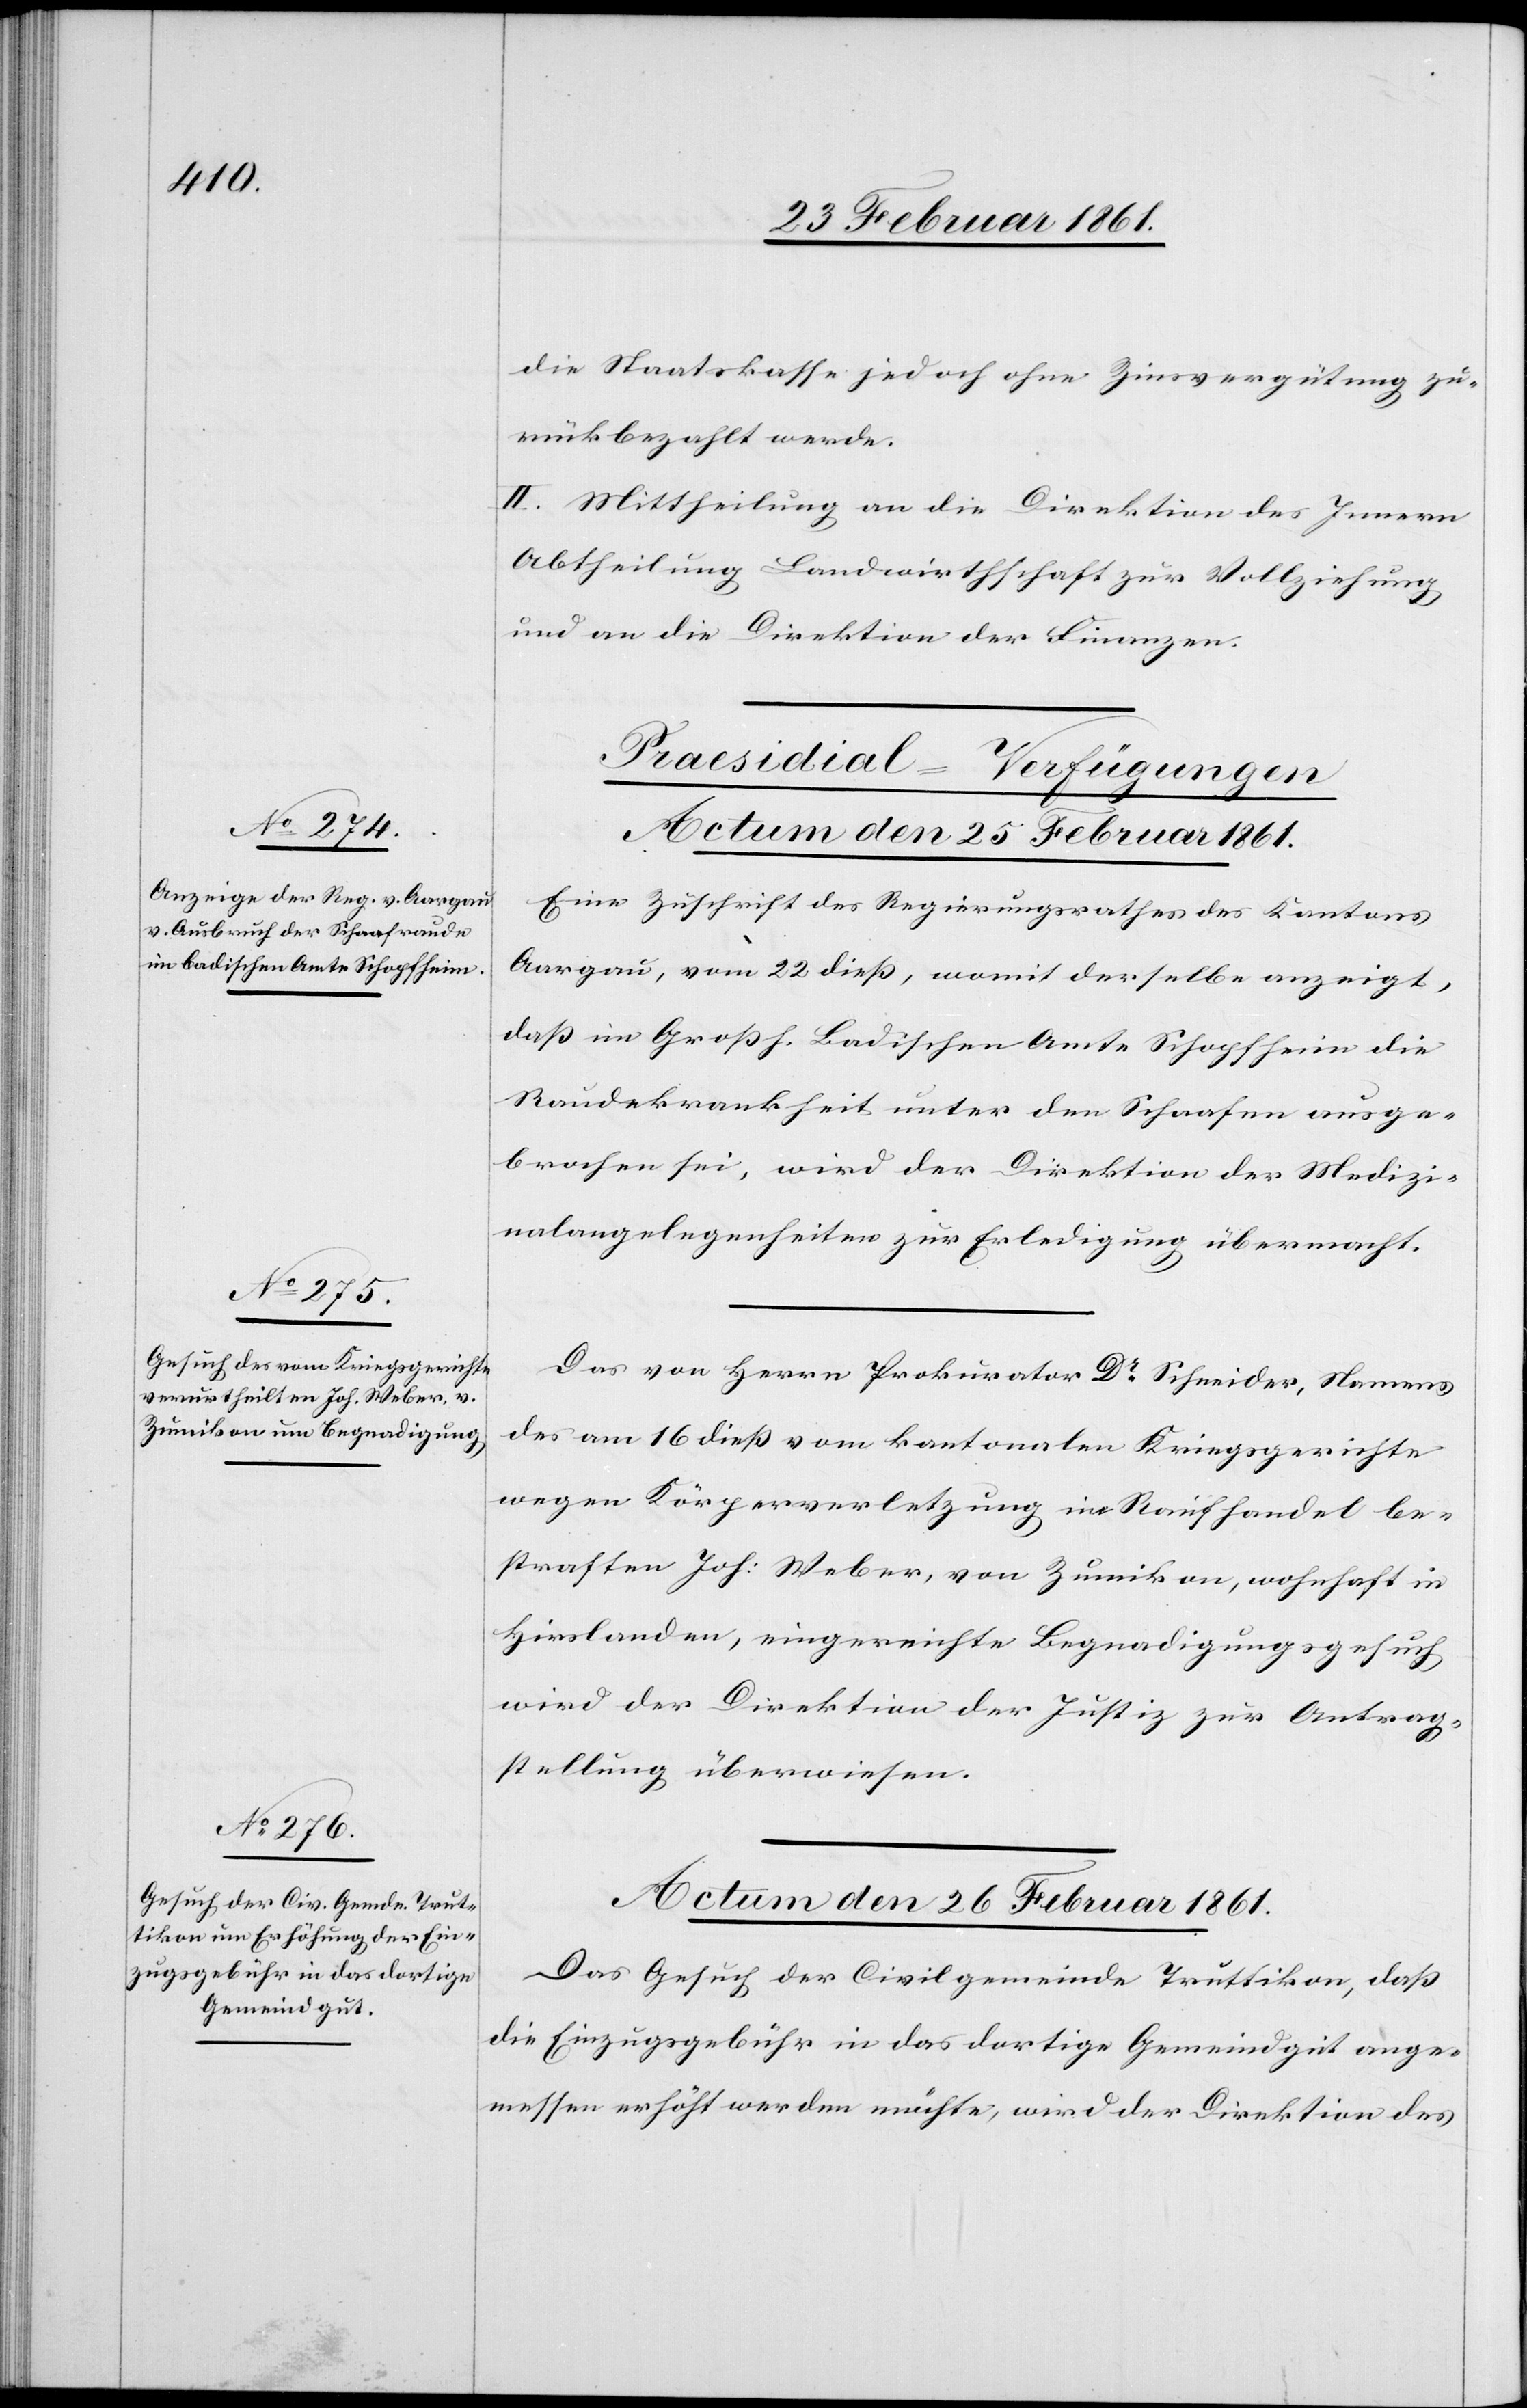
die Staatskasse jedoch ohne Zinsvergütung zu¬
rückbezahlt werden.
II. Mittheilung an die Direktion des Innern
Abtheilung Landwirthschaft zur Vollziehung
und an die Direktion der Finanzen.
[Präsidial-Verfügungen.]
Actum den 25. Februar 1861.]
Eine Zuschrift des Regierungsrathes des Kantons
Aargau, vom 22. diess, womit derselbe anzeigt,
dass im Grossh. Badischen Amte Schopfheim die
Raudekrankheit unter den Schaafen ausge¬
brochen sei, wird der Direktion der Medizi¬
nalangelegenheiten zur Erledigung übermacht.
Das von Herrn Prokurator Dr. Schneider, Namens
des am 16. diess vom kantonalen Kriegsgerichte
wegen Körperverletzung im Raufhandel be¬
straften Joh: Weber, von Zumikon, wohnhaft in
Hirslanden, eingereichte Begnadigungsgesuch
wird der Direktion der Justiz zur Antrag¬
stellung überwiesen.
Actum den 26. Februar 1861.
Das Gesuch der Civilgemeinde Truttikon, dass
die Einzugsgebühr in das dortige Gemeindgut ange¬
messen erhöht werden möchte, wird der Direktion des